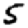
Digit: 5